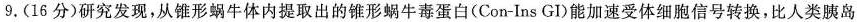
9.(16分)研究发现，从锥形蜗牛体内提取出的锥形蜗牛毒蛋白(Con-Ins GI)能加速受体细胞信号转换，比人类胰岛